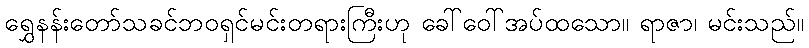
ရွှေနန်းတော်သခင်ဘဝရှင်မင်းတရားကြီးဟု ခေါ်ဝေါ်အပ်ထသော။ ရာဇာ၊ မင်းသည်။